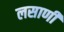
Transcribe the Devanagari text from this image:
लसाणी